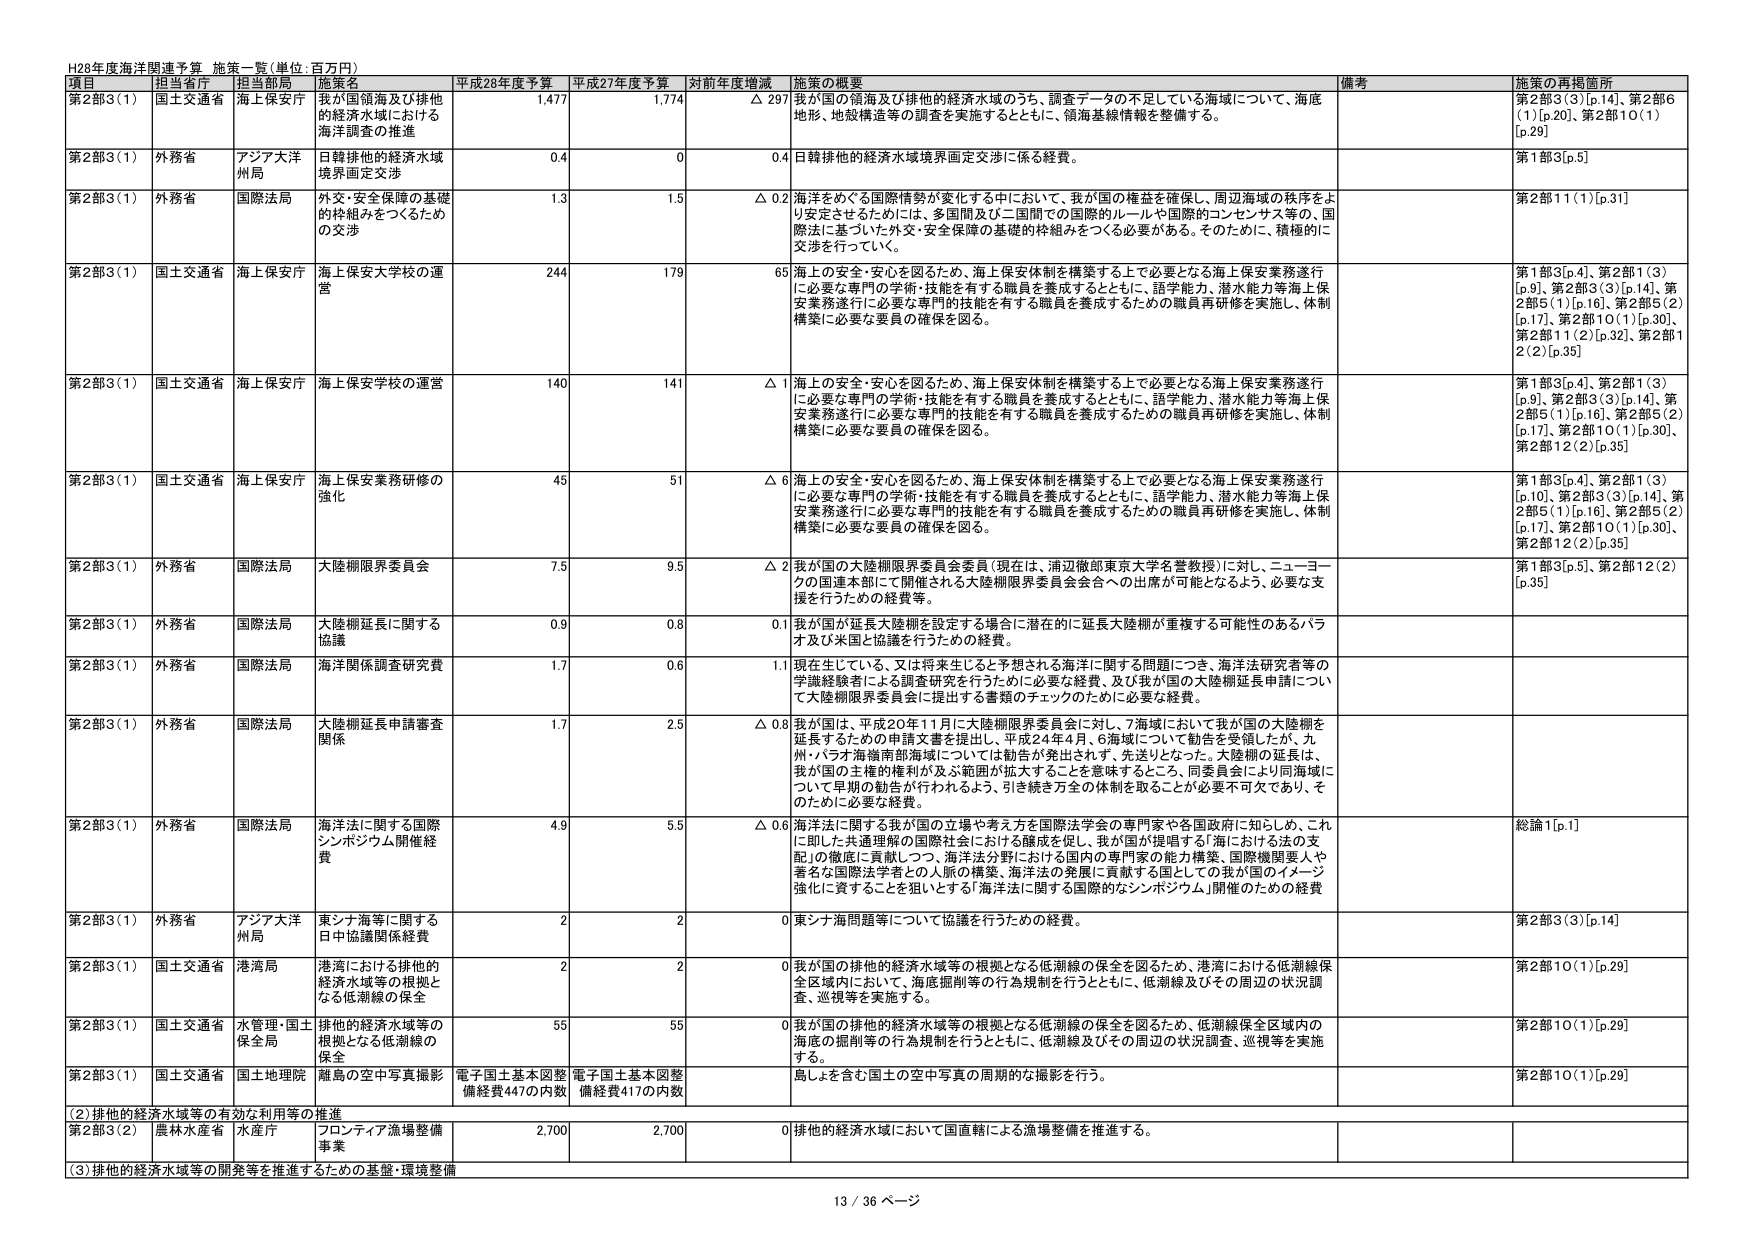
H28年度海洋関連予算 施策一覧(単位:百万円)

項目 担当省庁 担当部局 施策名 平成28年度予算 平成27年度予算 対前年度増減 施策の概要 備考 施策の再掲箇所

第2部3(1) 国土交通省 海上保安庁 我が国領海及び排他的経済水域における海洋調査の推進 1,477 1,774 △ 297 我が国の領海及び排他的経済水域のうち、調査データの不足している海域について、海底地形、地殻構造等の調査を実施するとともに、領海基線情報を整備する。 第2部3(3)[p.14]、第2部6(1)[p.20]、第2部10(1)[p.29]

第2部3(1) 外務省 アジア大洋州局 日韓排他的経済水域境界面定交渉 0.4 0 0.4 日韓排他的経済水域境界面定交渉に係る経費。 第1部3[p.5]

第2部3(1) 外務省 国際法局 外交・安全保障の基礎的枠組みをつくるための交渉 1.3 1.5 △ 0.2 海洋をめぐる国際情勢が変化する中において、我が国の権益を確保し、周辺海域の秩序をより安定させるためには、多国間及び二国間での国際的ルールや国際的コンセンサス等の、国際法に基づいた外交・安全保障の基礎的枠組みをつくる必要がある。そのために、積極的に交渉を行っていく。 第2部11(1)[p.31]

第2部3(1) 国土交通省 海上保安庁 海上保安大学校の運営 244 179 65 海上の安全・安心を図るため、海上保安体制を構築する上で必要となる海上保安業務遂行に必要な専門の学術・技能を有する職員を養成するとともに、語学能力、潜水能力等海上保安業務遂行に必要な専門的技能を有する職員を養成するための職員再研修を実施し、体制構築に必要な要員の確保を図る。 第1部3[p.4]、第2部1(3)[p.9]、第2部3(3)[p.14]、第2部5(1)[p.16]、第2部5(2)[p.17]、第2部10(1)[p.30]、第2部11(2)[p.32]、第2部12(2)[p.35]

第2部3(1) 国土交通省 海上保安庁 海上保安大学校の運営 140 141 △ 1 海上の安全・安心を図るため、海上保安体制を構築する上で必要となる海上保安業務遂行に必要な専門の学術・技能を有する職員を養成するとともに、語学能力、潜水能力等海上保安業務遂行に必要な専門的技能を有する職員を養成するための職員再研修を実施し、体制構築に必要な要員の確保を図る。 第1部3[p.4]、第2部1(3)[p.9]、第2部3(3)[p.14]、第2部5(1)[p.16]、第2部5(2)[p.17]、第2部10(1)[p.30]、第2部12(2)[p.35]

第2部3(1) 国土交通省 海上保安庁 海上保安業務研修の強化 45 51 △ 6 海上の安全・安心を図るため、海上保安体制を構築する上で必要となる海上保安業務遂行に必要な専門の学術・技能を有する職員を養成するとともに、語学能力、潜水能力等海上保安業務遂行に必要な専門的技能を有する職員を養成するための職員再研修を実施し、体制構築に必要な要員の確保を図る。 第1部3[p.4]、第2部1(3)[p.10]、第2部3(3)[p.14]、第2部5(1)[p.16]、第2部5(2)[p.17]、第2部10(1)[p.30]、第2部12(2)[p.35]

第2部3(1) 外務省 国際法局 大陸棚限界委員会 7.5 9.5 △ 2 我が国の大陸棚限界委員会委員(現在は、浦辺徹郎東京大学名誉教授)に対し、ニューヨークの国連本部にて開催される大陸棚限界委員会会合への出席が可能となるよう、必要な支援を行うための経費等。 第1部3[p.5]、第2部12(2)[p.35]

第2部3(1) 外務省 国際法局 大陸棚延長に関する協議 0.9 0.8 0.1 我が国が延長大陸棚を設定する場合に潜在的に延長大陸棚が重複する可能性のあるバラオ及び米国と協議を行うための経費。

第2部3(1) 外務省 国際法局 海洋関係調査研究費 1.7 0.6 1.1 現在生じている、又は将来生じると予想される海洋に関する問題につき、海洋法研究者等の学識経験者による調査研究を行うために必要な経費、及び我が国の大陸棚延長申請について大陸棚限界委員会に提出する書類のチェックのために必要な経費。

第2部3(1) 外務省 国際法局 大陸棚延長申請審査関係 1.7 2.5 △ 0.8 我が国は、平成20年11月に大陸棚限界委員会に対し、7海域において我が国の大陸棚を延長するための申請文書を提出し、平成24年4月、6海域について勧告を受領したが、九州・パラオ海嶺南部海域については勧告が発出されず、先送りとなった。大陸棚の延長は、我が国の主権的権利が及ぶ範囲が拡大することを意味するとこ、同委員会により同海域について早期の勧告が行われるよう、引き続き万全の体制を取ることが必要不可欠であり、そのために必要な経費。

第2部3(1) 外務省 国際法局 海洋法に関する国際シンポジウム開催経費 4.9 5.5 △ 0.6 海洋法に関する我が国の立場や考え方を国際法学会の専門家や各国政府に知らしめ、これに即した共通理解の国際社会における醸成を促し、我が国が提唱する「海における法の支配」の徹底に貢献しつつ、海洋法分野における国内の専門家の能力構築、国際機関要人や著名な国際法学者との人脈の構築、海洋法の発展に貢献する国としての我が国のイメージ強化に資することを狙いとする「海洋法に関する国際的なシンポジウム」開催のための経費 総論1[p.1]

第2部3(1) 外務省 アジア大洋州局 東シナ海等に関する日中協議関係経費 2 2 0 東シナ海問題等について協議を行うための経費。 第2部3(3)[p.14]

第2部3(1) 国土交通省 港湾局 港湾における排他的経済水域等の根拠となる低潮線の保全 2 2 0 我が国の排他的経済水域等の根拠となる低潮線の保全を図るため、港湾における低潮線保全区域内において、海底掘削等の行為規制を行うとともに、低潮線及びその周辺の状況調査、巡視等を実施する。 第2部10(1)[p.29]

第2部3(1) 国土交通省 水管理・国土保全局 排他的経済水域等の根拠となる低潮線の保全 55 55 0 我が国の排他的経済水域等の根拠となる低潮線の保全を図るため、低潮線保全区域内の海底の掘削等の行為規制を行うとともに、低潮線及びその周辺の状況調査、巡視等を実施する。 第2部10(1)[p.29]

第2部3(1) 国土交通省 国土地理院 離島の空中写真撮影 電子国土基本図整備経費447の内数 電子国土基本図整備経費417の内数 島しょを含む国土の空中写真の周期的な撮影を行う。 第2部10(1)[p.29]

(2)排他的経済水域等の有効な利用等の推進

第2部3(2) 農林水産省 水産庁 フロンティア漁場整備事業 2,700 2,700 0 排他的経済水域において国直轄による漁場整備を推進する。

(3)排他的経済水域等の開発等を推進するための基盤・環境整備

13 / 36 ページ